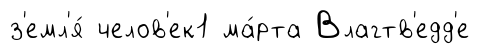
з'емл'я́ челов'ек1 ма́рта Влагтв'едд'е